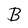
Character: B